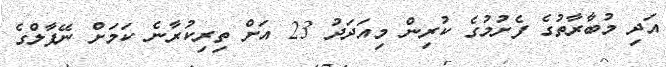
އަދި މުބާރާތުގެ ފެށުމުގެ ކުރިން މިއަދަދު 23 އަށް ތިރިކުރާނެ ކަމަށް ނޭޕާލްގެ